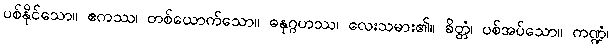
ပစ်နိုင်သော။ ဧကဿ၊ တစ်ယောက်သော။ ဓနုဂ္ဂဟဿ၊ လေးသမား၏။ ခိတ္တံ၊ ပစ်အပ်သော။ ကဏ္ဍံ၊